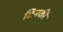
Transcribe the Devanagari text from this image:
टिनकी